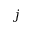
j